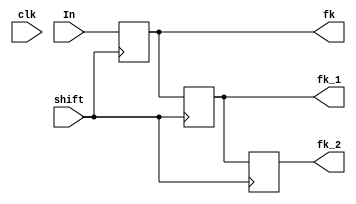
`timescale 1ns / 1ps
//////////////////////////////////////////////////////////////////////////////////
// Company: 
// Engineer: 
// 
// Design Name: 
// Module Name:    Desplazamiento_fk 
// Project Name: 
// Target Devices: 
// Tool versions: 
// Description: 
//
// Dependencies: 
//
// Revision: 
// Revision 0.01 - File Created
// Additional Comments: 
//
//////////////////////////////////////////////////////////////////////////////////
module Desplazamiento_fk #(parameter N = 25)(
 input wire[N-1:0] In,
 input wire shift,clk,
 output wire[N-1:0] fk,fk_1,fk_2
    );  

//Variables
reg [N-1:0] fk_old1,fk_old2,fk_ac;


initial
begin
fk_old1=0;
fk_old2=0;
fk_ac=0;
end

always@(posedge shift)
begin
fk_old1 <= fk;
fk_old2 <= fk_1;
fk_ac <= In; 
end


assign fk = fk_ac;
assign fk_1 = fk_old1;
assign fk_2 = fk_old2;

endmodule